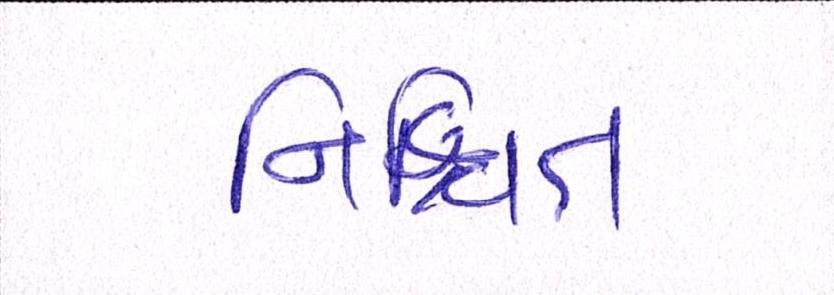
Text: નિશ્ચિત